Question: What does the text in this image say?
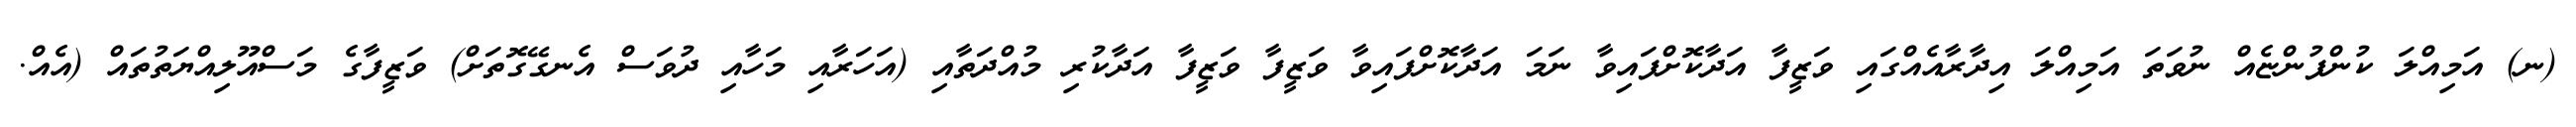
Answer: (ނ) އަމިއްލަ ކުންފުންޏެއް ނުވަތަ އަމިއްލަ އިދާރާއެއްގައި ވަޒީފާ އަދާކޮށްފައިވާ ނަމަ އަދާކޮށްފައިވާ ވަޒީފާ ވަޒީފާ އަދާކުރި މުއްދަތާއި (އަހަރާއި މަހާއި ދުވަސް އެނގޭގޮތަށް) ވަޒީފާގެ މަސްއޫލިއްޔަތުތައް (އެއް.